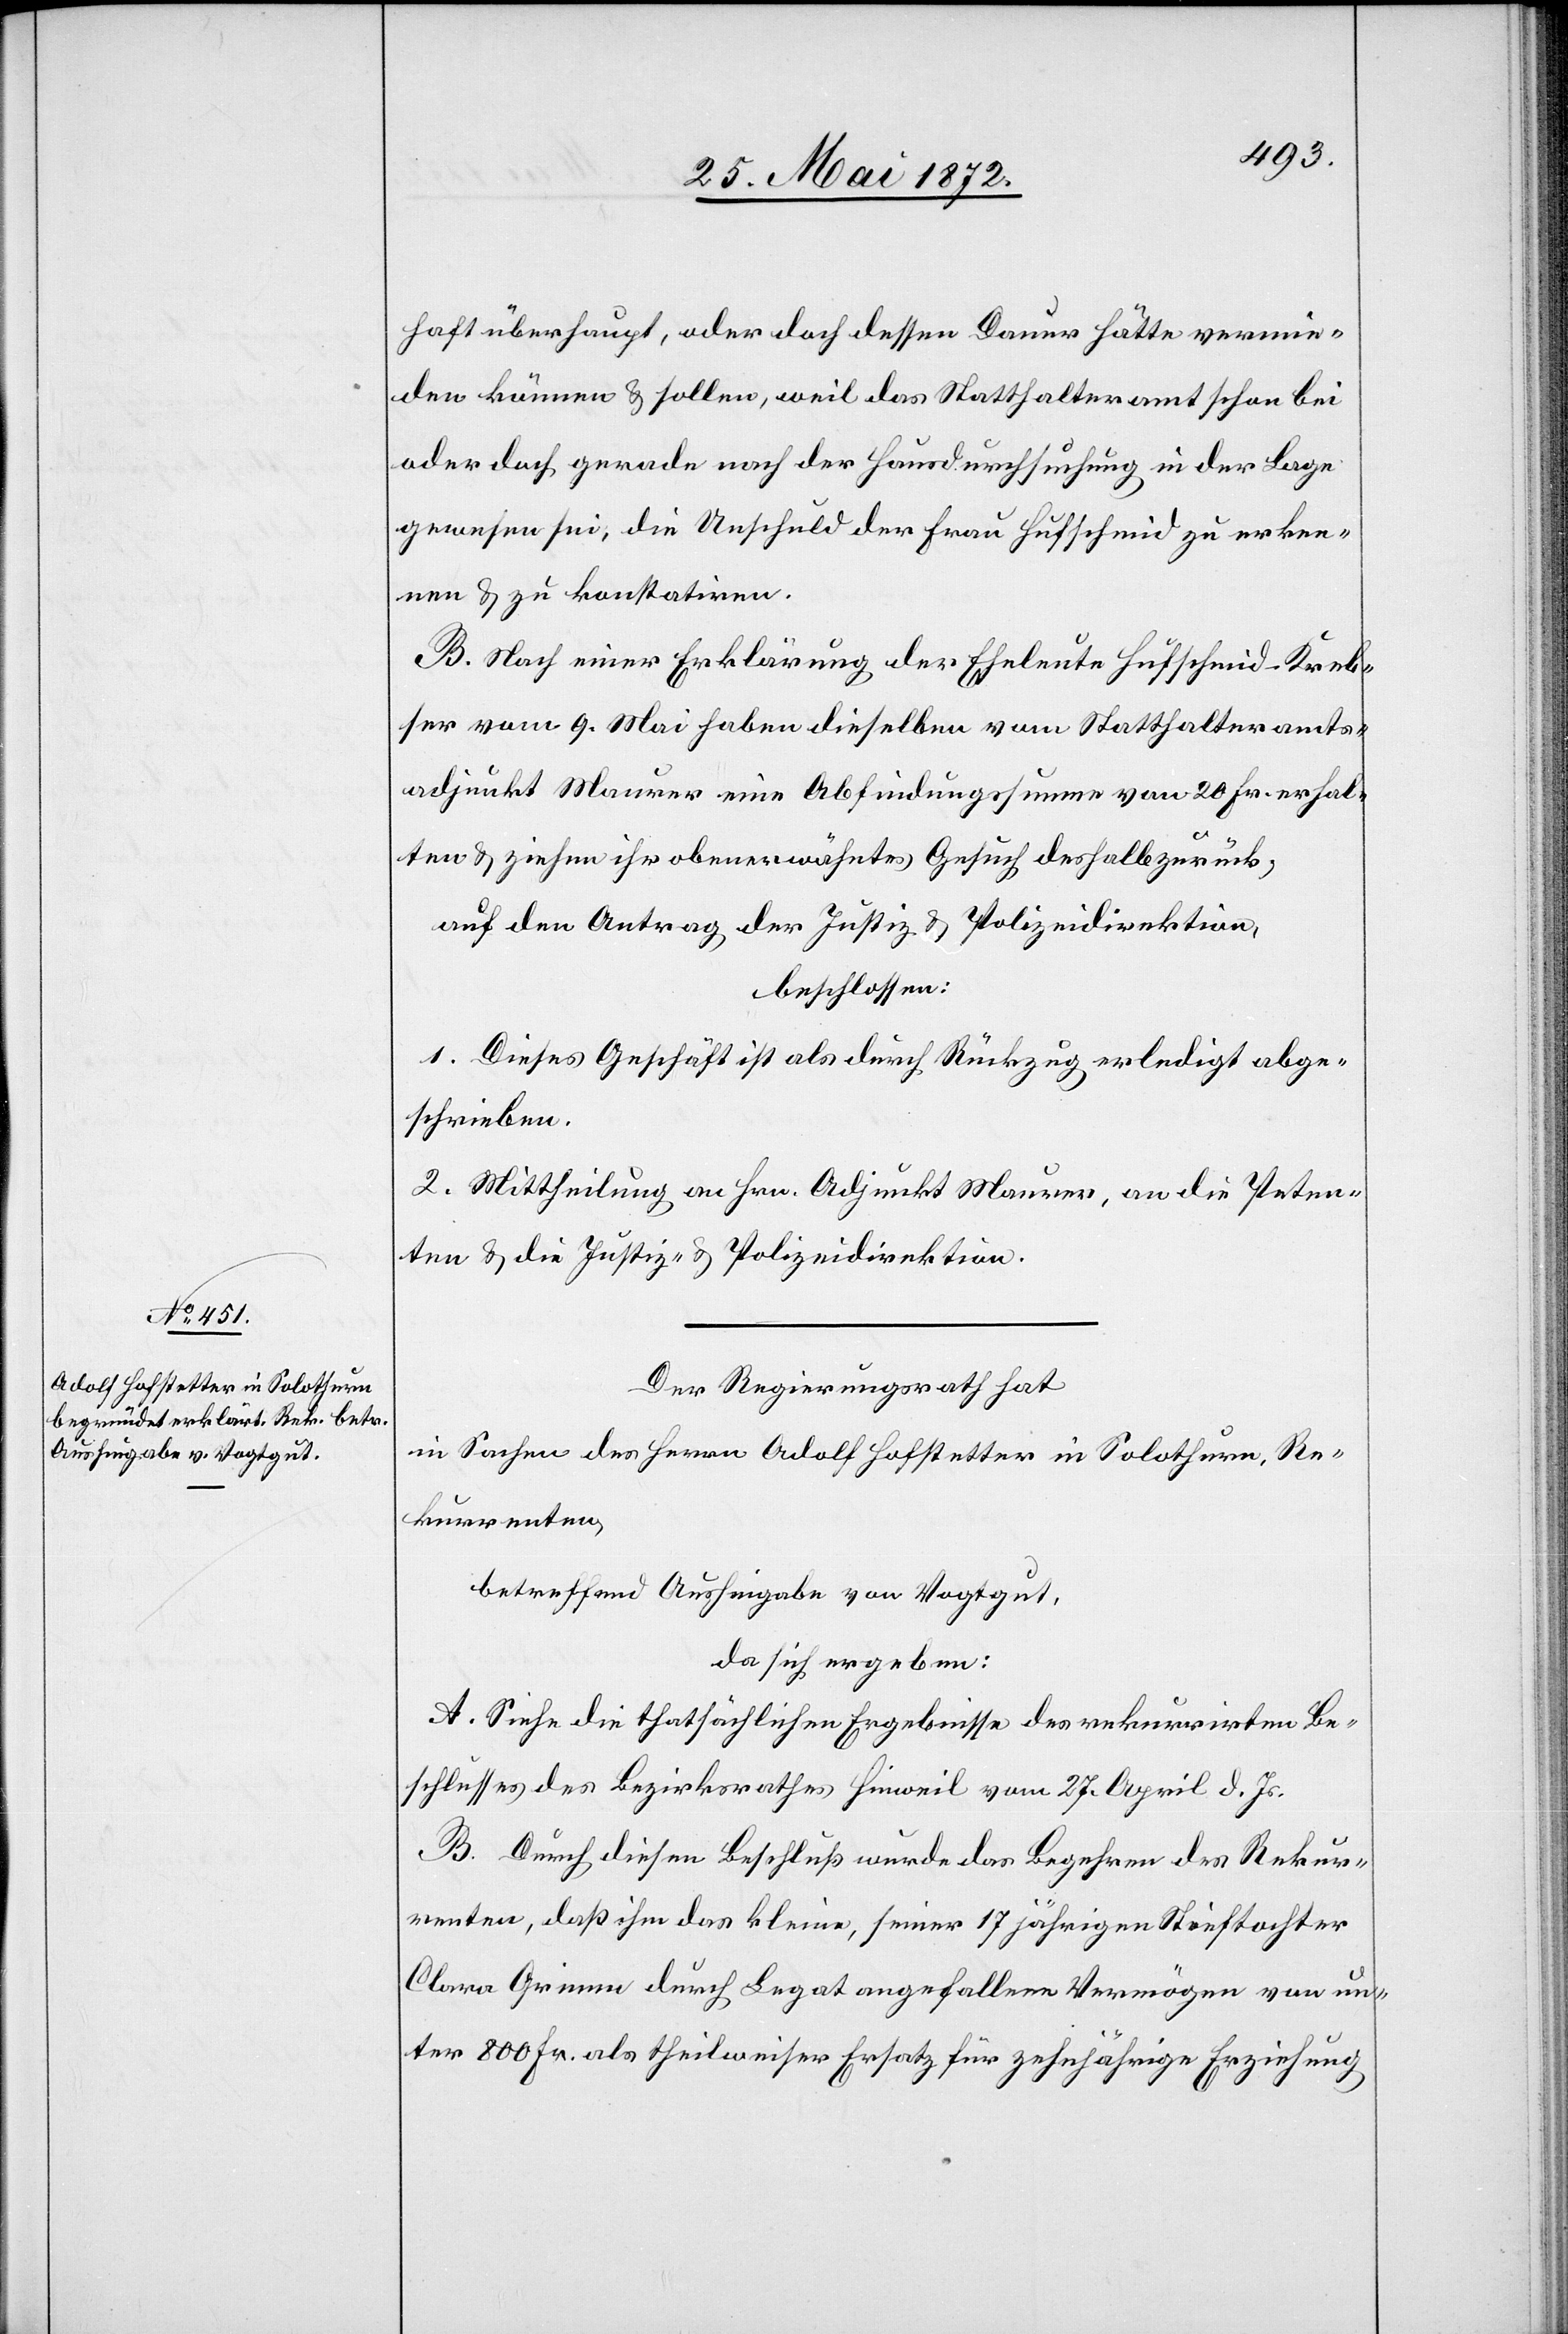
haft überhaupt, oder doch dessen Dauer hätte vermieden
[werden] können u. sollen, weil das Statthalteramt schon bei
oder doch gerade nach der Hausdurchsuchung in der Lage
gewesen sei, die Unschuld der Frau Hufschmid zu erken¬
nen u. zu konstatiren.
B. Nach einer Erklärung der Eheleute Hufschmid-Kreb¬
ser vom 9. Mai haben dieselben vom Statthalteramts¬
adjunkt Maurer eine Abfindungssumme von 20 Fr. erhal¬
ten u. ziehen ihr obenerwähntes Gesuch deshalb zurück,
auf den Antrag der Justiz- u. Polizeidirektion,
beschlossen:
1. Dieses Geschäft ist als durch Rückzug erledigt abge¬
schrieben.
2. Mittheilung an Hrn. Adjunkt Maurer, an die Peten¬
ten u. die Justiz- u. Polizeidirektion.
Der Regierungsrath hat
in Sachen des Herrn Adolf Hofstetter in Solothurn, Re¬
kurrenten,
betreffend Aushingabe von Vogtgut,
da sich ergeben:
A. Siehe die thatsächlichen Ergebnisse des rekurrirten Be¬
schlusses des Bezirksrathes Hinweil vom 27. April d. Js.
B. Durch diesen Beschluß wurde das Begehren des Rekur¬
renten, daß ihm das kleine, seiner 17 jährigen Stieftochter
Clara Grimm durch Legat angefallene Vermögen von un¬
ter 800 Fr. als theilweiser Ersatz für zehnjährige Erziehung